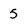
Character: 5